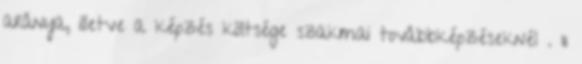
aránya, illetve a képzés költsége szakmai továbbképzéseknél . 11